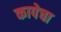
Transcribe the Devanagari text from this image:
कापेचा